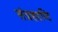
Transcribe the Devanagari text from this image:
संग्रहदृष्टि